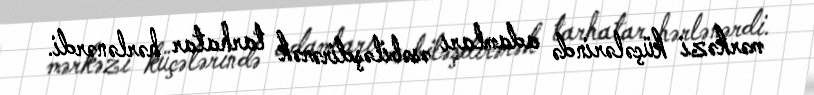
mərkəzi küçələrində adamları əsəbiləşdirərək tarhatar hərlənərdi.